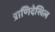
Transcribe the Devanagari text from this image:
प्राणिदेखिल